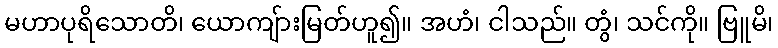
မဟာပုရိသောတိ၊ ယောကျ်ားမြတ်ဟူ၍။ အဟံ၊ ငါသည်။ တွံ၊ သင်ကို။ ဗြူမိ၊